Civil Veterinary Dept. Bombay admin report 1914-1922 - 1914-1922
Year: 1914
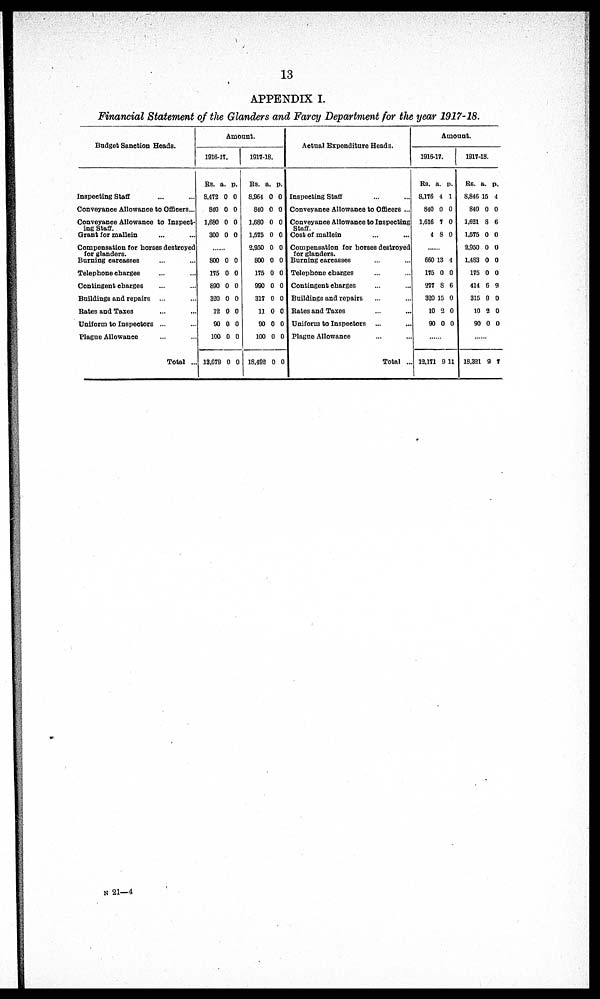
13
APPENDIX I.
Financial Statement of the Glanders and Farcy Department for the year 1917-18.
Budget Sanction Heads.
Inspecting Staff ... ...
Conveyance Allowance to Officers ...
Conveyance Allowance to Inspect-
ing Staff.
Grant for mallein ... ...
Compensation for horses destroyed
for glanders.
Burning carcasses ... ...
Telephone charges ... ...
Contingent charges ... ...
Buildings and repairs ...
Rates and Taxes ... ...
Uniform to Inspectors ...
Plague Allowance ... ...
Total ...
Amount.
1916-17.
Rs.
8,472
840
1,680
300
a.
0
0
0
0
p.
0
0
0
0
......
800
175
890
320
12
90
100
13,679
0
0
0
0
0
0
0
0
0
0
0
0
0
0
0
0
1917-18.
Rs.
8,964
840
1,680
1,575
2,950
800
175
990
317
11
90
100
18,492
a.
0
0
0
0
0
0
0
0
0
0
0
0
0
p.
0
0
0
0
0
0
0
0
0
0
0
0
0
Actual Expenditure Heads.
Inspecting Staff ... ...
Conveyance Allowance to Officers ...
Conveyance Allowance to Inspecting
Staff.
Cost of mallein ... ...
Compensation for horses destroyed
for glanders.
Burning carcasses ... ...
Telephone charges ... ...
Contingent charges ... ...
Buildings and repairs ... ...
Rates and Taxes ... ...
Uniform to Inspectors ... ...
Plague Allowance ... ...
Total ...
Amount.
1916-17.
Rs.
8,176
840
1,616
4
a.
4
0
7
8
p.
1
0
0
0
......
660
175
277
320
10
90
13
0
8
15
2
0
4
0
6
0
0
0
......
12,171 9 11
1917-18.
Rs.
8,846
840
1,621
1,575
2,950
1.483
175
414
315
10
90
a.
15
0
8
0
0
0
0
6
9
2
0
p..
4
0
6
0
0
0
0
9
0
0
0
......
18,321 9 7
N 21—4